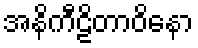
အနိကီဠိတာဝိနော